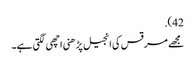
42).
مجھے مرقس کی انجیل پڑھنی اچھی لگتی ہے۔